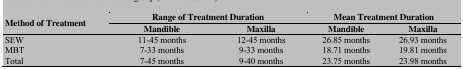
<table><thead><tr><td rowspan="2"><b>Method of Treatment</b></td><td colspan="2"><b>Range of Treatment Duration</b></td><td colspan="2"><b>Mean Treatment Duration</b></td></tr><tr><td><b>Mandible</b></td><td><b>Maxilla</b></td><td><b>Mandible</b></td><td><b>Maxilla</b></td></tr></thead><tbody><tr><td>SEW</td><td>11-45 months</td><td>12-45 months</td><td>26.85 months</td><td>26.93 months</td></tr><tr><td>MBT </td><td>7-33 months</td><td>9-33 months</td><td>18.71 months</td><td>19.81 months</td></tr><tr><td>Total </td><td>7-45 months</td><td>9-40 months</td><td>23.75 months</td><td>23.98 months</td></tr></tbody></table>